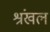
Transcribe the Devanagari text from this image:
श्रंखल